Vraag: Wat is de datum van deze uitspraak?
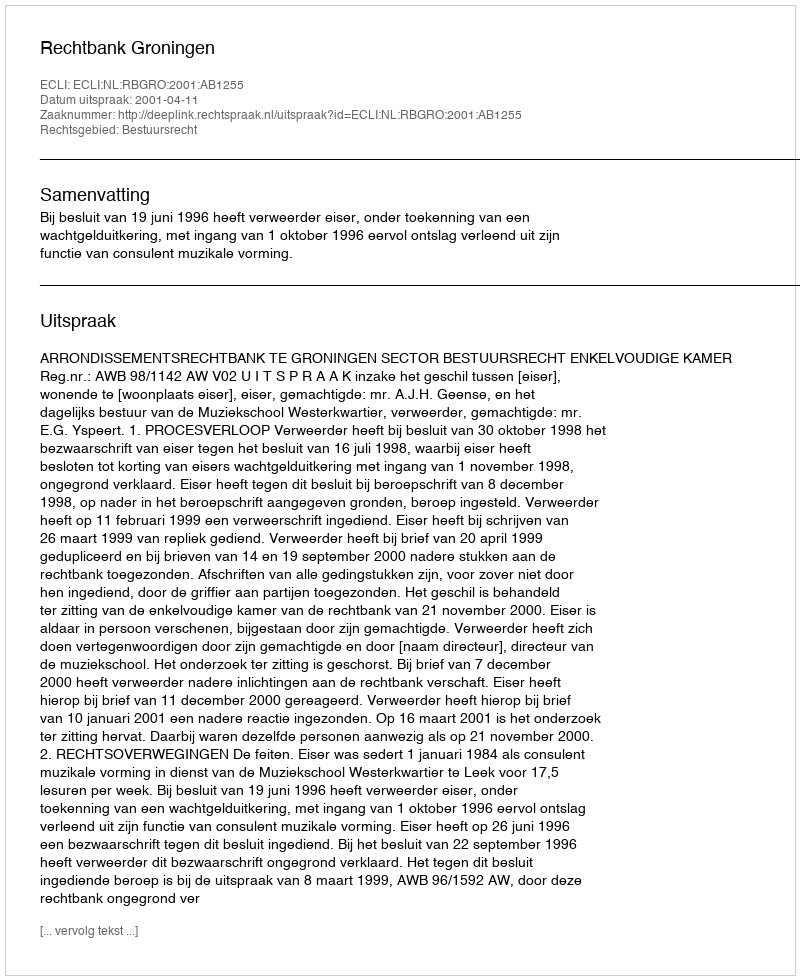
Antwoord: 2001-04-11